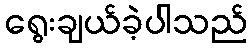
ရွေးချယ်ခဲ့ပါသည်